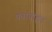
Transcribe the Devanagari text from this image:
पंचांगांहून